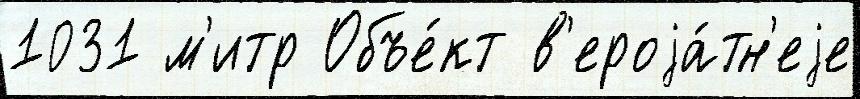
1031 м'итр Объе́кт в'ероjа́тн'еjе